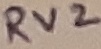
Text: RV2